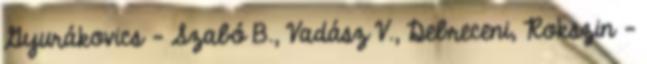
Gyurákovics – Szabó B., Vadász V., Debreceni, Rokszin –